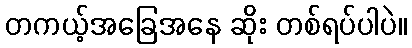
တကယ့်အခြေအနေ ဆိုး တစ်ရပ်ပါပဲ။